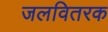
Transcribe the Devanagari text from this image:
जलवितरक